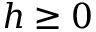
h \ge 0